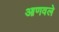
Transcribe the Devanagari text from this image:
आणवले